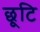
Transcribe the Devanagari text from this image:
छूटि